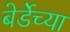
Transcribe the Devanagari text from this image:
बेर्डेच्या